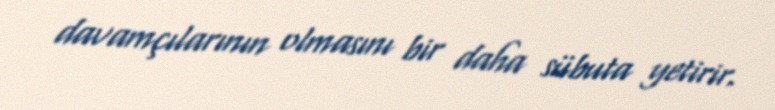
davamçılarının olmasını bir daha sübuta yetirir.